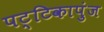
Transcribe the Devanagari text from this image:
पट्टिकापुंज